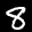
Label: 8